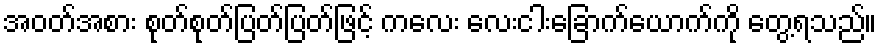
အဝတ်အစား စုတ်စုတ်ပြတ်ပြတ်ဖြင့် ကလေး လေးငါးခြောက်ယောက်ကို တွေ့ရသည်။